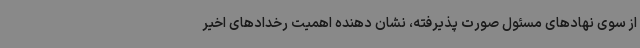
از سوی نهادهای مسئول صورت پذیرفته، نشان دهنده اهمیت رخدادهای اخیر